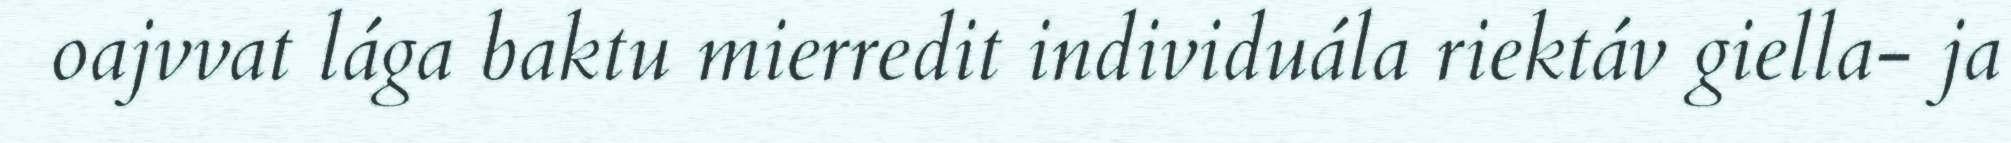
oajvvat lága baktu mierredit individuála riektáv giella- ja